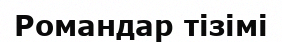
Романдар тізімі